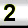
Digit: 2